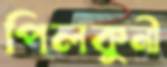
পিলকুনী